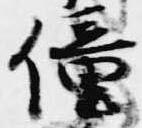
僮